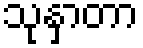
သုနှာတာ